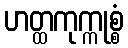
ဟတ္ထကုက္ကုစ္စံ